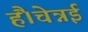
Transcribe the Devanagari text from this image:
हैं।चेन्नई